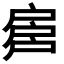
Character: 𢩕